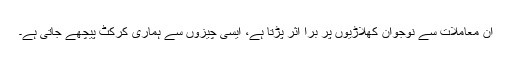
ان معاملات سے نوجوان کھلاڑیوں پر برا اثر پڑتا ہے، ایسی چیزوں سے ہماری کرکٹ پیچھے جاتی ہے۔